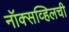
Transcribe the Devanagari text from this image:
नॉक्सव्हिलची